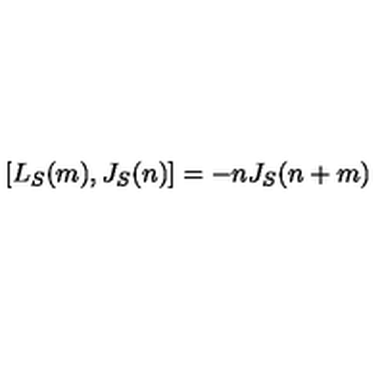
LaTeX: [ L _ { S } ( m ) , J _ { S } ( n ) ] = - n J _ { S } ( n + m )